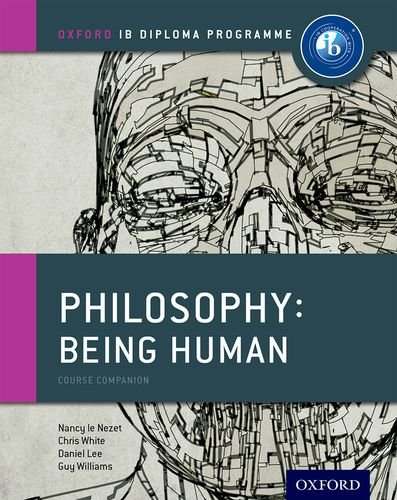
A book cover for IB Philosophy Being Human Course Book: Oxford IB Diploma Program; Nancy Le Nezet; Teen & Young Adult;